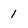
Character: 1